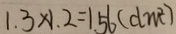
1 . 3 \times 1 . 2 = 1 . 5 6 ( d m ^ { 2 } )